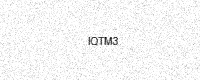
Text: IQTM3